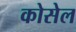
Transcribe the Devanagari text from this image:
कोसेल